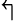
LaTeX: \Lsh